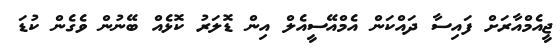
ޖީއެމްއާރަށް ފައިސާ ދައްކަން އެމްއޭސީއެލް އިން ޑޮލަރު ކޮޅެއް ބޭނުން ވެގެން ކުޑަ